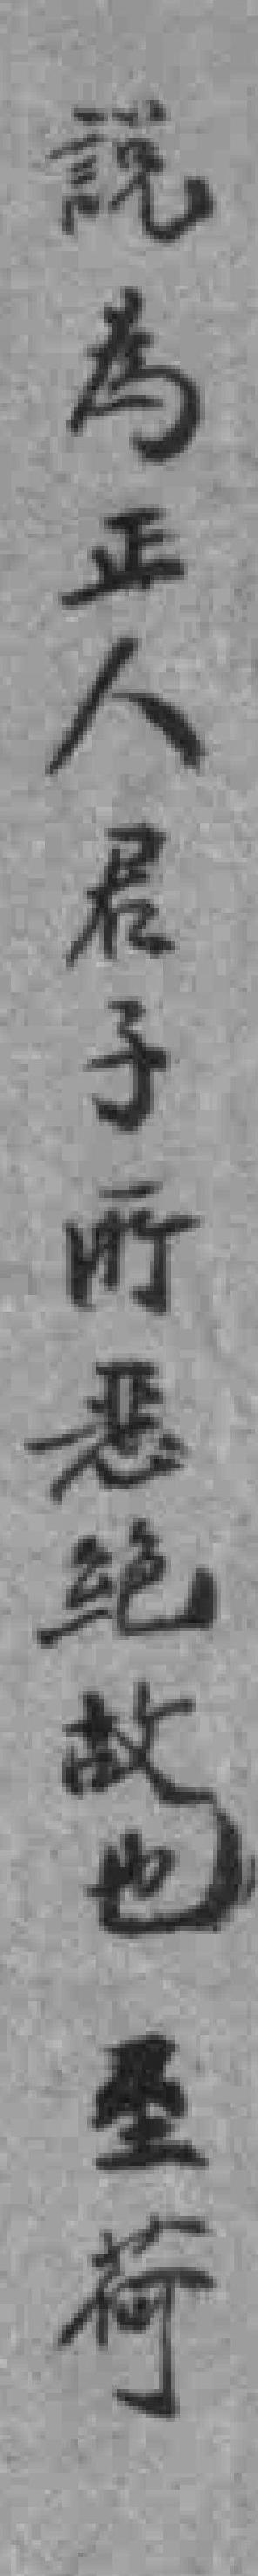
說為正人君子所恶绝故也墨荷